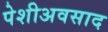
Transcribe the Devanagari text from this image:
पेशीअवसाद